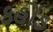
કહોડ